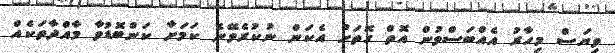
ވިޔަސް މިހާރު އެއްބަސްވުން އޮތް ގޮތަށް އެކަން ނުކުރެވޭނެ ކަމަށާ ކަންބޮޑުވާ މާއްދާތަކެއް